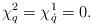
LaTeX: \begin{align*}\chi^2_q=\chi^1_{\dot q}=0.\end{align*}